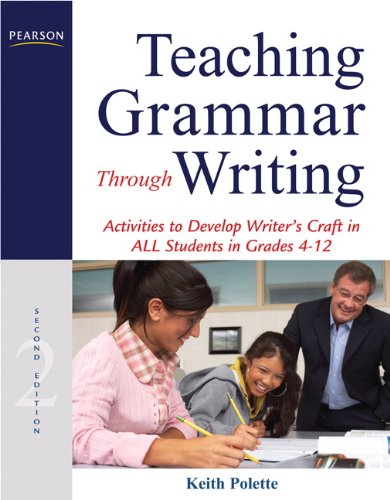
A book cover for Teaching Grammar Through Writing: Activities to Develop Writer's Craft in ALL Students in Grades 4-12 (2nd Edition); Keith Polette; Reference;